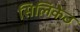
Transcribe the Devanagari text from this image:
सिलिकेठ